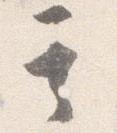
其